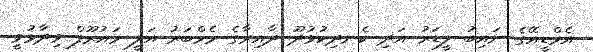
އެމްޑީއޭގެ ނައިބު ލީޑަރު އަދި ކެނދިކުޅުދޫ ދާއިރާގެ މެމްބަރު އަލީ މައުރޫފް ވިދާޅުވީ